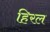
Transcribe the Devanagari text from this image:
हिरल